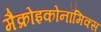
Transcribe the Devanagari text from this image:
मैक्रोइकोनॉमिक्स